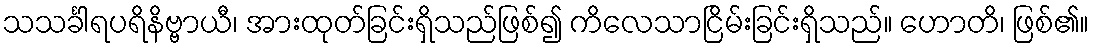
သသင်္ခါရပရိနိဗ္ဗာယီ၊ အားထုတ်ခြင်းရှိသည်ဖြစ်၍ ကိလေသာငြိမ်းခြင်းရှိသည်။ ဟောတိ၊ ဖြစ်၏။